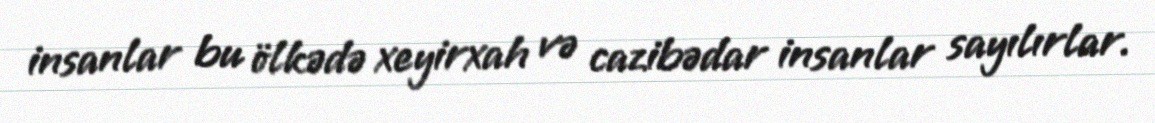
insanlar bu ölkədə xeyirxah və cazibədar insanlar sayılırlar.